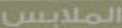
الملابس